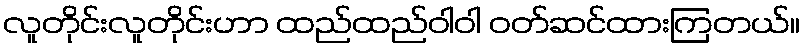
လူတိုင်းလူတိုင်းဟာ ထည်ထည်ဝါဝါ ဝတ်ဆင်ထားကြတယ်။